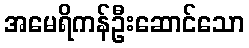
အမေရိကန်ဦးဆောင်သော